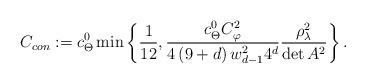
LaTeX: \begin{align*}C_{con}:= c_\Theta^0 \min\left\{\frac{1}{12} , \frac{c_\Theta^0 C_{\varphi}^2}{4\left(9+d\right)w_{d-1}^2 4^d}\frac{\rho_\lambda^2}{\det A^2} \right\}.\end{align*}